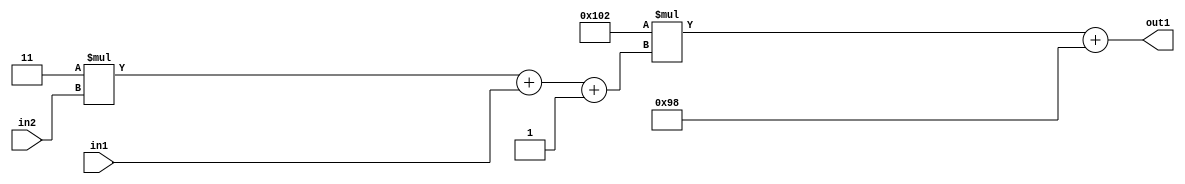
`timescale 1ps / 1ps
/*****************************************************************************
    Verilog RTL Description
    
    
    Created by: Stratus DpOpt 2019.1.01 
*******************************************************************************/

module DC_Filter_Add2i152Mul2i258Add3i1u1Mul2i3u2_1 (
	in2,
	in1,
	out1
	); /* architecture "behavioural" */ 
input [1:0] in2;
input  in1;
output [11:0] out1;
wire [11:0] asc001;
wire [3:0] asc002;

wire [3:0] asc002_tmp_0;
wire [3:0] asc002_tmp_1;
assign asc002_tmp_1 = 
	+(4'B0011 * in2);
assign asc002_tmp_0 = asc002_tmp_1
	+(in1);
assign asc002 = asc002_tmp_0
	+(4'B0001);

wire [11:0] asc001_tmp_2;
assign asc001_tmp_2 = 
	+(12'B000100000010 * asc002);
assign asc001 = asc001_tmp_2
	+(12'B000010011000);

assign out1 = asc001;
endmodule

/* CADENCE  vrP2Qg0= : u9/ySgnWtBlWxVPRXgAZ4Og= ** DO NOT EDIT THIS LINE ******/